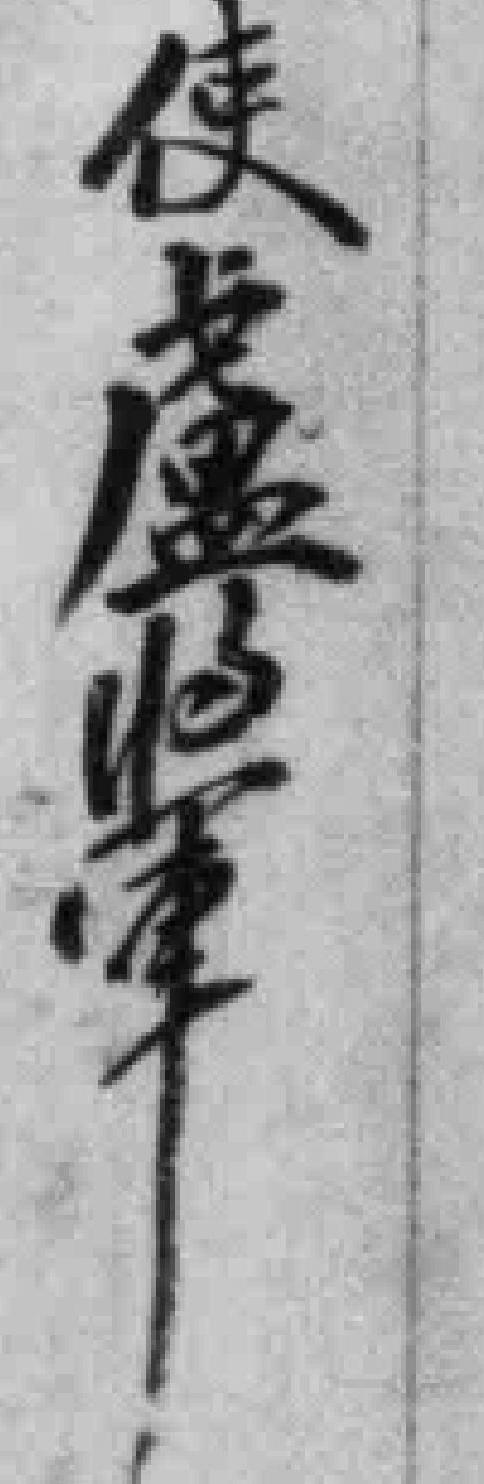
使盧照軍